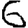
Digit: 6